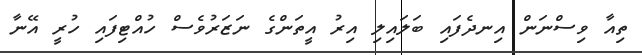
ތިއާ ވިސްނަން އިނދެފައި ބަލައިލި އިރު އީތަންގެ ނަޒަރުވެސް ހުއްޓިފައި ހުރީ އޭނާ